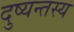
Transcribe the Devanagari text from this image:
दुष्यन्तस्य